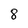
Character: 8